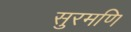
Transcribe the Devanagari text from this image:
सुरमणि